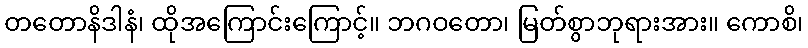
တတောနိဒါနံ၊ ထိုအကြောင်းကြောင့်။ ဘဂဝတော၊ မြတ်စွာဘုရားအား။ ကောစိ၊